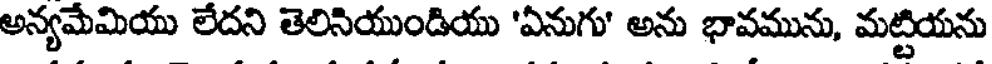
అన్యమేమియు లేదని తెలినియుండియు 'ఏనుగు' అను భావమును, మట్టియను